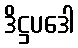
ဒိဋ္ဌပဒေါ